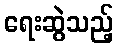
ရေးဆွဲသည့်